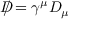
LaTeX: D \! \! \! \! / = \gamma ^ { \mu } D _ { \mu }